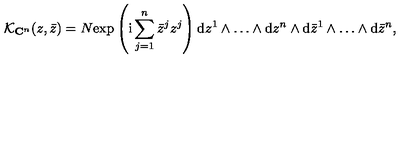
{ \cal K } _ { { \bf C } ^ { n } } ( z , \bar { z } ) = N \mathrm { e x p } \left( \mathrm { i } \sum _ { j = 1 } ^ { n } \bar { z } ^ { j } z ^ { j } \right) \mathrm { d } z ^ { 1 } \wedge \ldots \wedge \mathrm { d } z ^ { n } \wedge \mathrm { d } \bar { z } ^ { 1 } \wedge \ldots \wedge \mathrm { d } \bar { z } ^ { n } ,